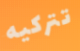
تتركيه